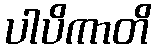
ပါပိကာတိ